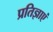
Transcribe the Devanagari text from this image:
प्रतिज्ञाएं